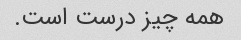
همه چیز درست است.